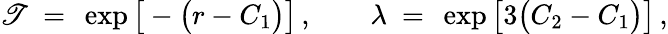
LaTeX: \mathscr{T}~=~\exp\big[-\big(r-C_{1}\big)\big]\, ,\qquad\lambda~=~\exp\big[3\big(C_{2}-C_{1}\big)\big]\, ,